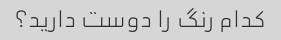
کدام رنگ را دوست دارید؟